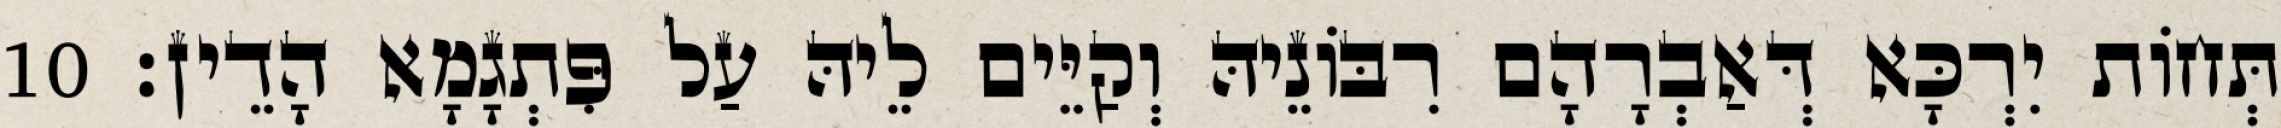
תְּחוֹת יִרְכָּא דְּאַבְרָהָם רִבּוֹנֵיהּ וְקַיֵּים לֵיהּ עַל פִּתְגָמָא הָדֵין׃ 10